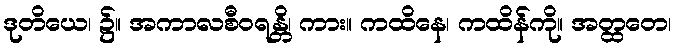
ဒုတိယေ၊ ၌။ အကာလစီဝရန္တိ၊ ကား။ ကထိနေ၊ ကထိန်ကို။ အတ္ထတေ၊